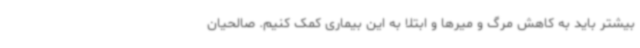
بیشتر باید به کاهش مرگ و میرها و ابتلا به این بیماری کمک کنیم. صالحیان